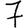
Digit: 7